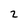
Character: 2